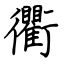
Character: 衢